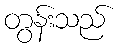
တွန်းသည်